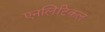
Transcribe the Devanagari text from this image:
एनलिटिकल